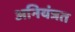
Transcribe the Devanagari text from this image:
अनियंत्रत